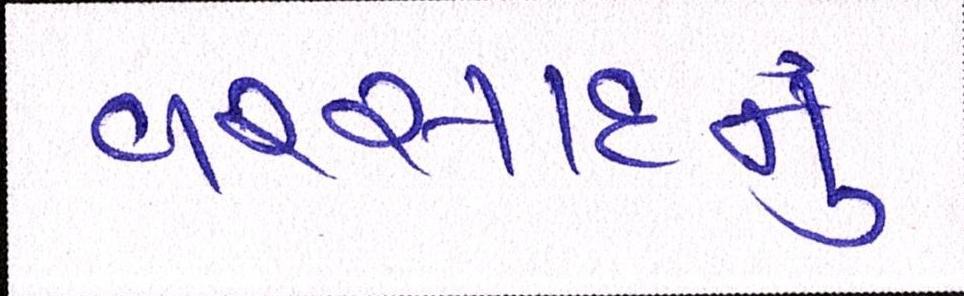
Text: વરસાદનું